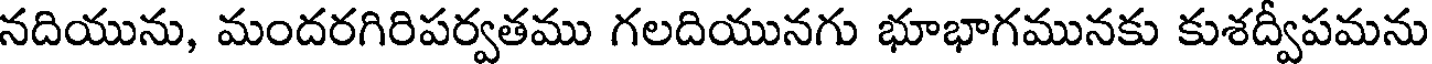
నదియును, మందరగిరిపర్వతము గలదియునగు భూభాగమునకు కుశద్వీపమను